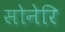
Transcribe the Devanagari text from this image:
सोनेरि